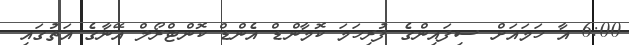
6:00 އާ ހަމައަށް ސިފައިންގެ ފުރިހަމަ ކޮމާންޑް އެންޑް ކޮންޓްރޯލް އޭނާގެ އަތުގައި